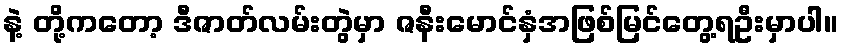
နဲ့ တို့ကတော့ ဒီဇာတ်လမ်းတွဲမှာ ဇနီးမောင်နှံအဖြစ်မြင်တွေ့ရဦးမှာပါ။